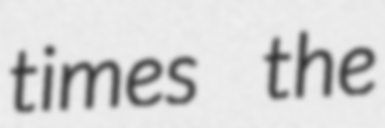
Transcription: times the